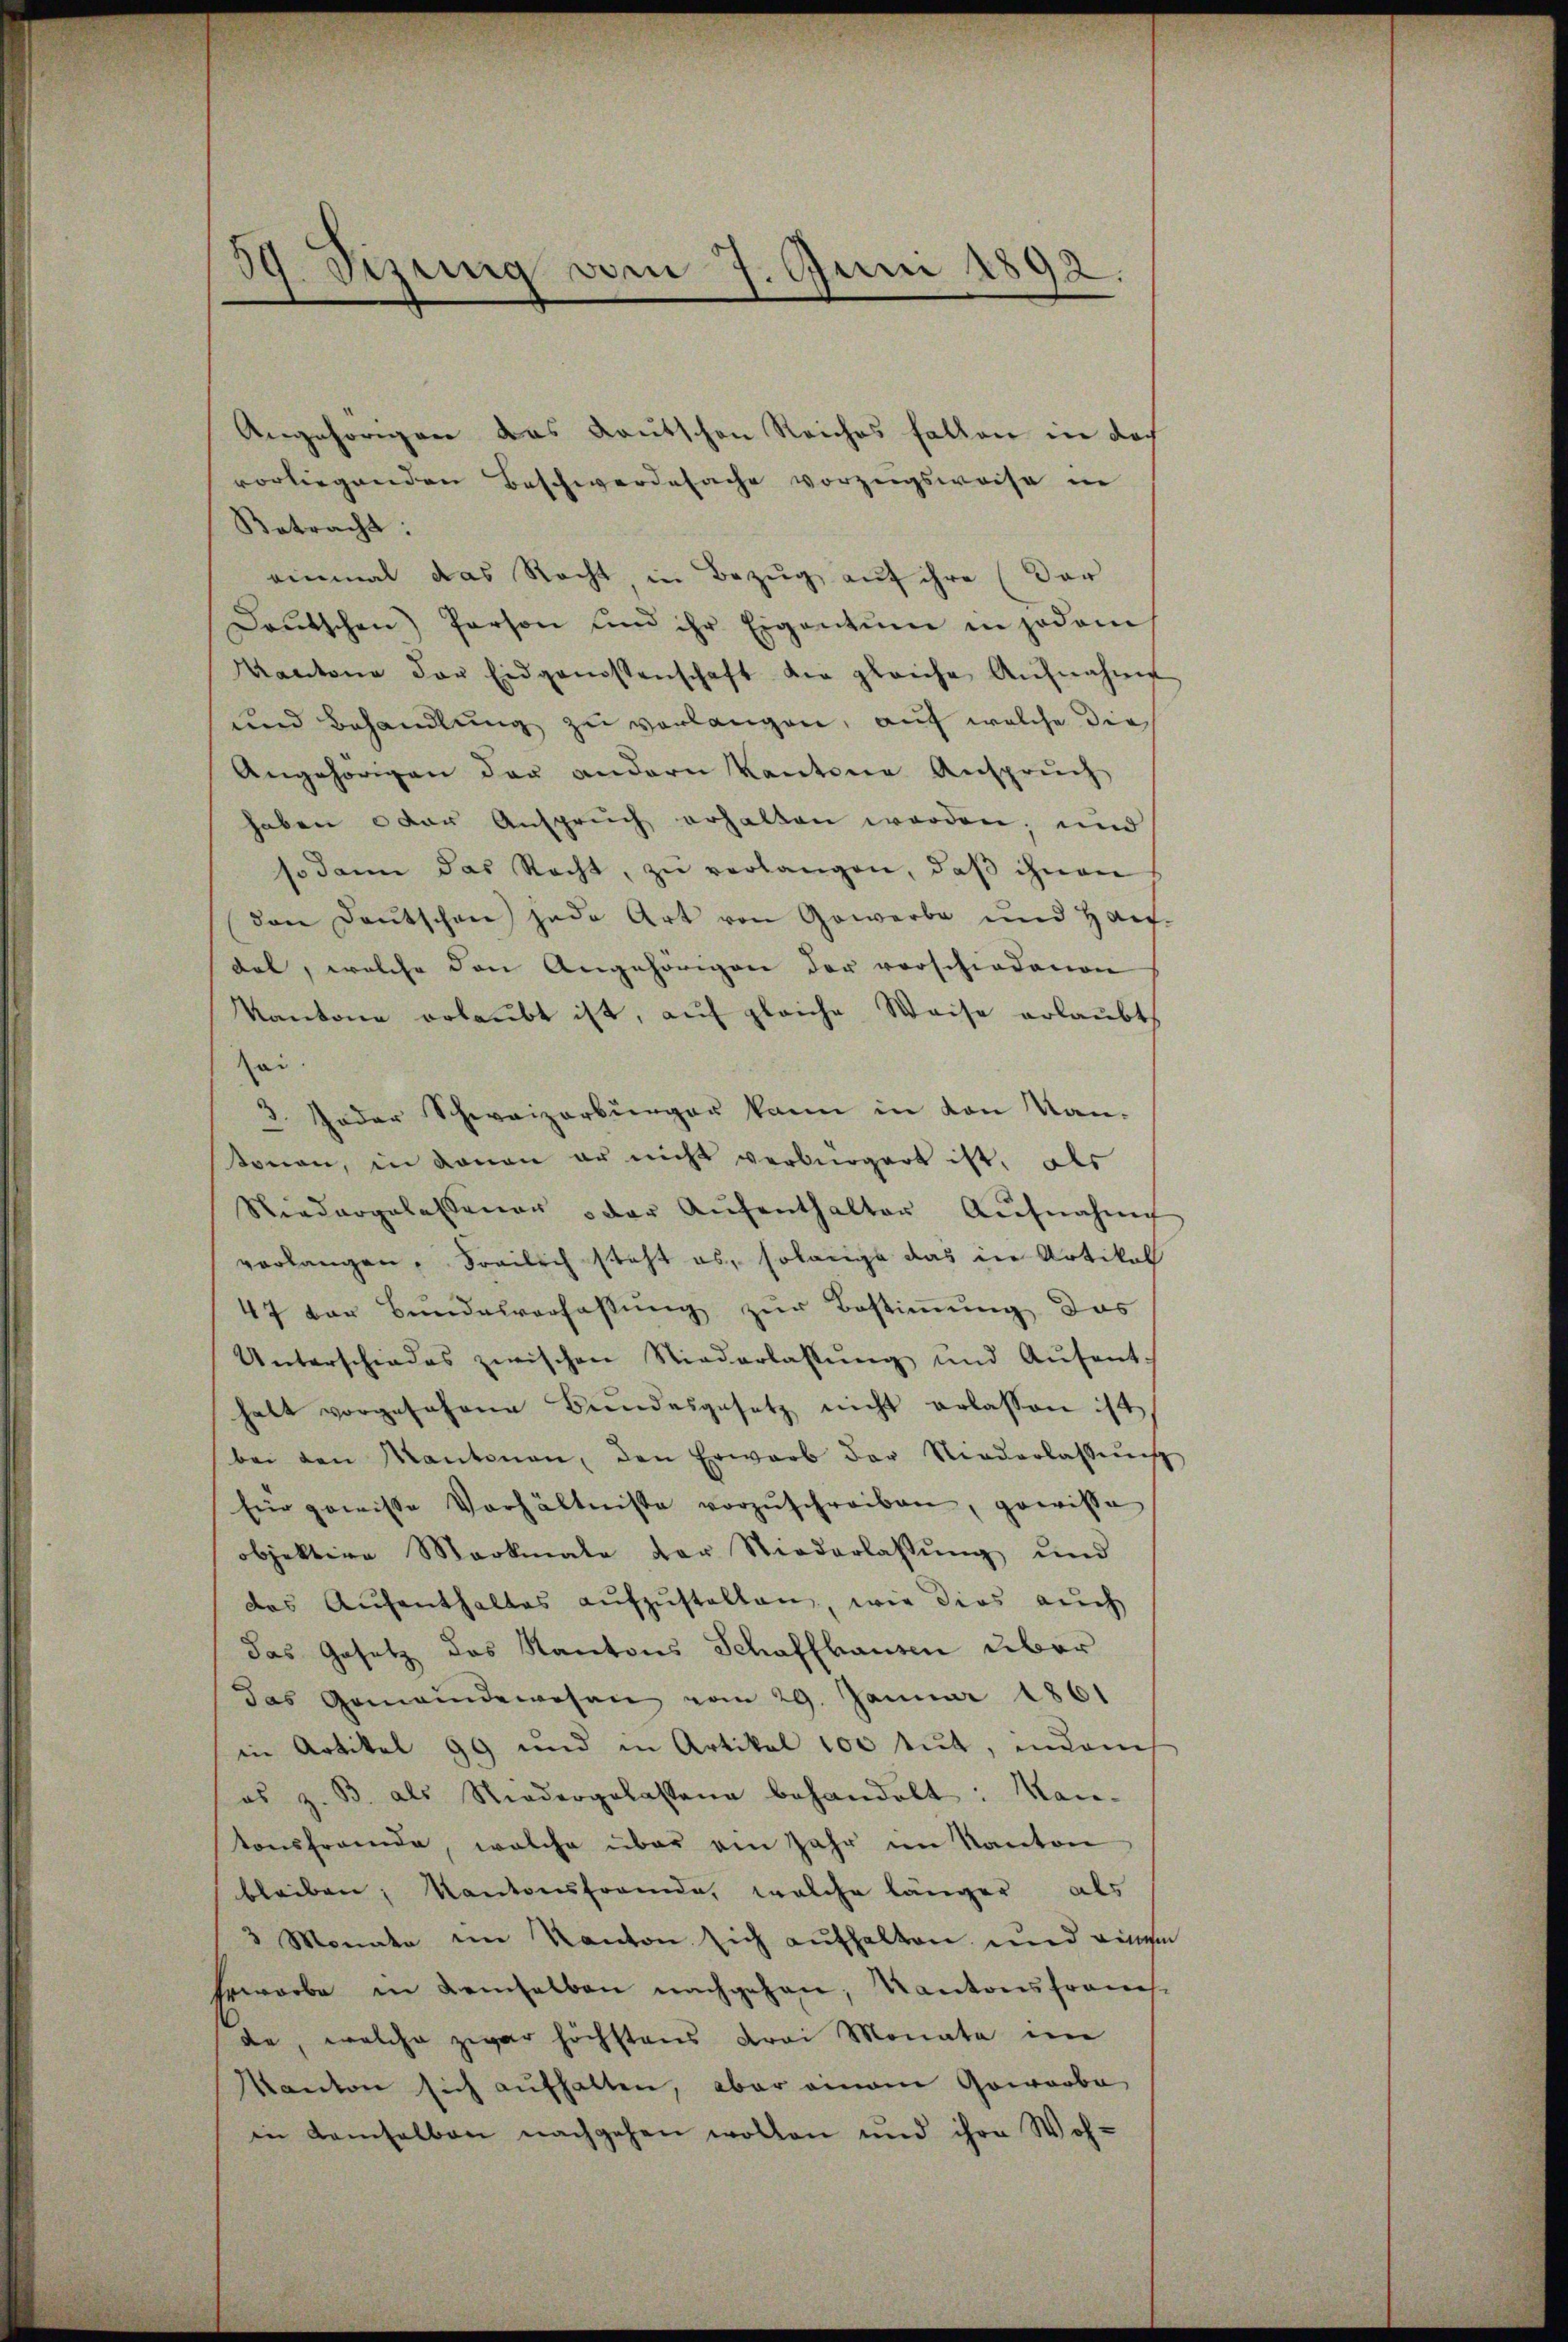
39. Sizung vom 7. Juni 1892.

Angehörigen das Kautschen Reiches fallen in doch
vorliegenden Beschwerdesache vorzugsweise in
Betracht:
einmal das Recht in Bezug auf ihre (der
Deutschen Person und ihr Eigentum in jedem
Kantone der Eidgenossenschaft die gleiche Aŭfnahme
und Behandlung zu verlangen, auf welche die
Angehörigen der andern Kantone Anspruch
haben oder Anspruch erhalten worden; und
sodann das Recht, zu verlangen, daß ihnen
den Deutschen jede Art von Gewerbe und Haus-
dat, welche den Angehörigen der vorschiedenen
Kantone erlaŭbt ist, auf gleiche Weise erlaubt,
ai.
8. Jeder Schweizerbürger kann in den Kan-
tonen, in daran er nicht verbürgert ist, als
Niedergelassener der Aŭfenthalter Aŭfnahm
verlangen, Freilich steht es, solange das in Artikel
47 der Bŭndesverfassŭng zŭr Bestiṁŭng das
Unterschiedes zwischen Niederlassŭng und Aŭfent-
halt vorgesehene Bŭndesgesetz nicht erlassen ist,
bei den Kantonen, den Erwarb der Niederlassung
für gewisse Verhältnisse vorzŭschreiben, gewisse
objektive Markmale der Niederlassŭng und
das Aŭfenthaltes aŭfzŭstalten, wie dies auch
das Gesetz des Kantons Schaffhausen über
das Gemeindewesen vom 29. Januar 1861
in Artikel 99 und in Artikel 100 tut, indem
es z. B. als Niedergelassene behandelt: Kan-
tonsfremde, welche über ein Jahr im Kanton
bleiben, Kantonsfremde, welche länger, als
3 Monate im Kanton sich aufhalten und eingen
Erworbe in demselben nachgehen, Kantonsfrau
de, welche zwar höchstens drei Monate im
Kanton sich aufhalten, aber einem Gowarbe
in demselben nachgehen wollen und ihre Woh-